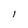
Character: l